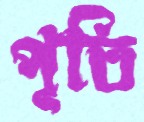
পূতি